Vaccination report Assam 1874-1896 - 1874-1896
Year: 1874
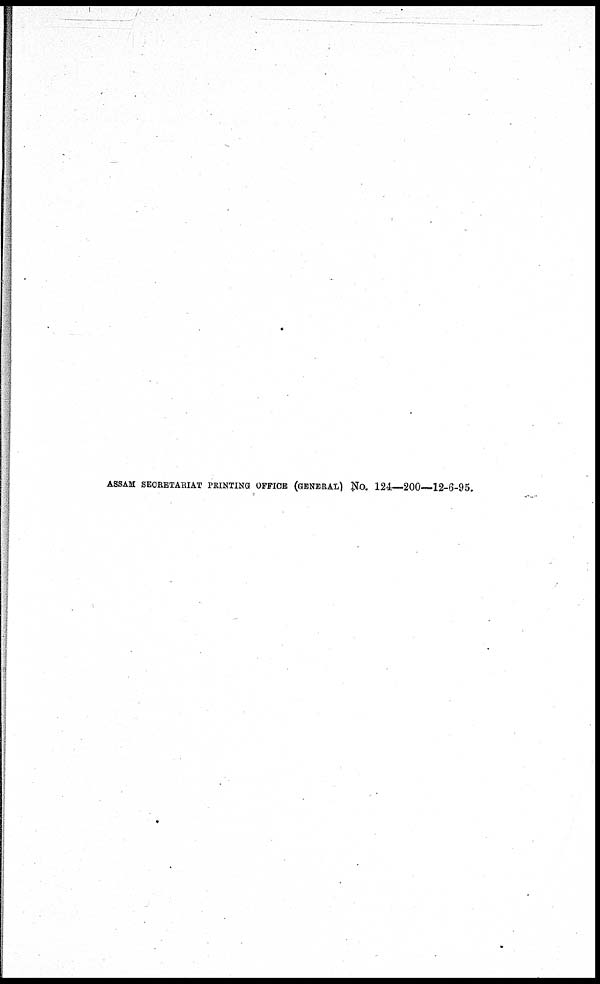
ASSAM SECRETARIAT PRINTING OFFICE (GENERAL) No. 124—200—12-6-95.